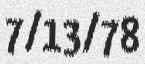
7/13/78